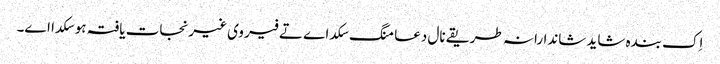
اِک بندہ شاید شاندارانہ طریقے نال دعا منگ سکدا ے تے فیر وی غیرنجات یافتہ ہو سکدا اے۔